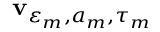
\mathbf { v } _ { \varepsilon _ { m } , a _ { m } , \tau _ { m } }